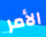
الأمر